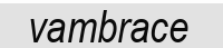
vambrace